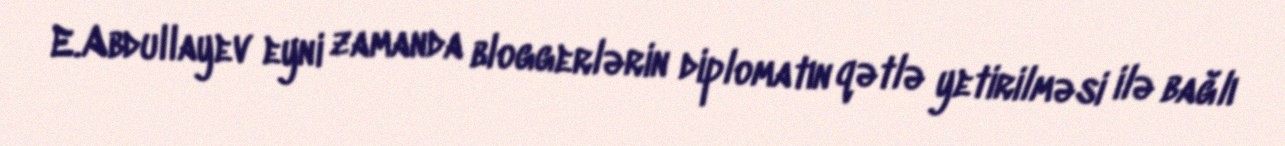
E.Abdullayev eyni zamanda bloggerlərin diplomatın qətlə yetirilməsi ilə bağlı